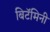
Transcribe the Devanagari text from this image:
बिटॅमिनी